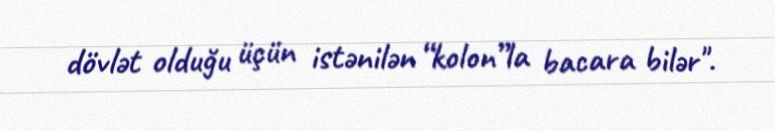
dövlət olduğu üçün istənilən “kolon”la bacara bilər".